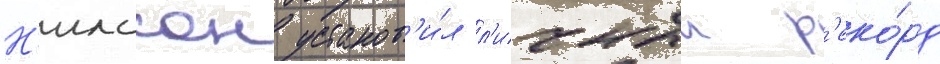
Н'илссон установ'и́л л'ичныи р'еко́рд